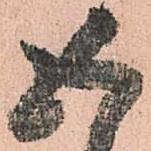
五